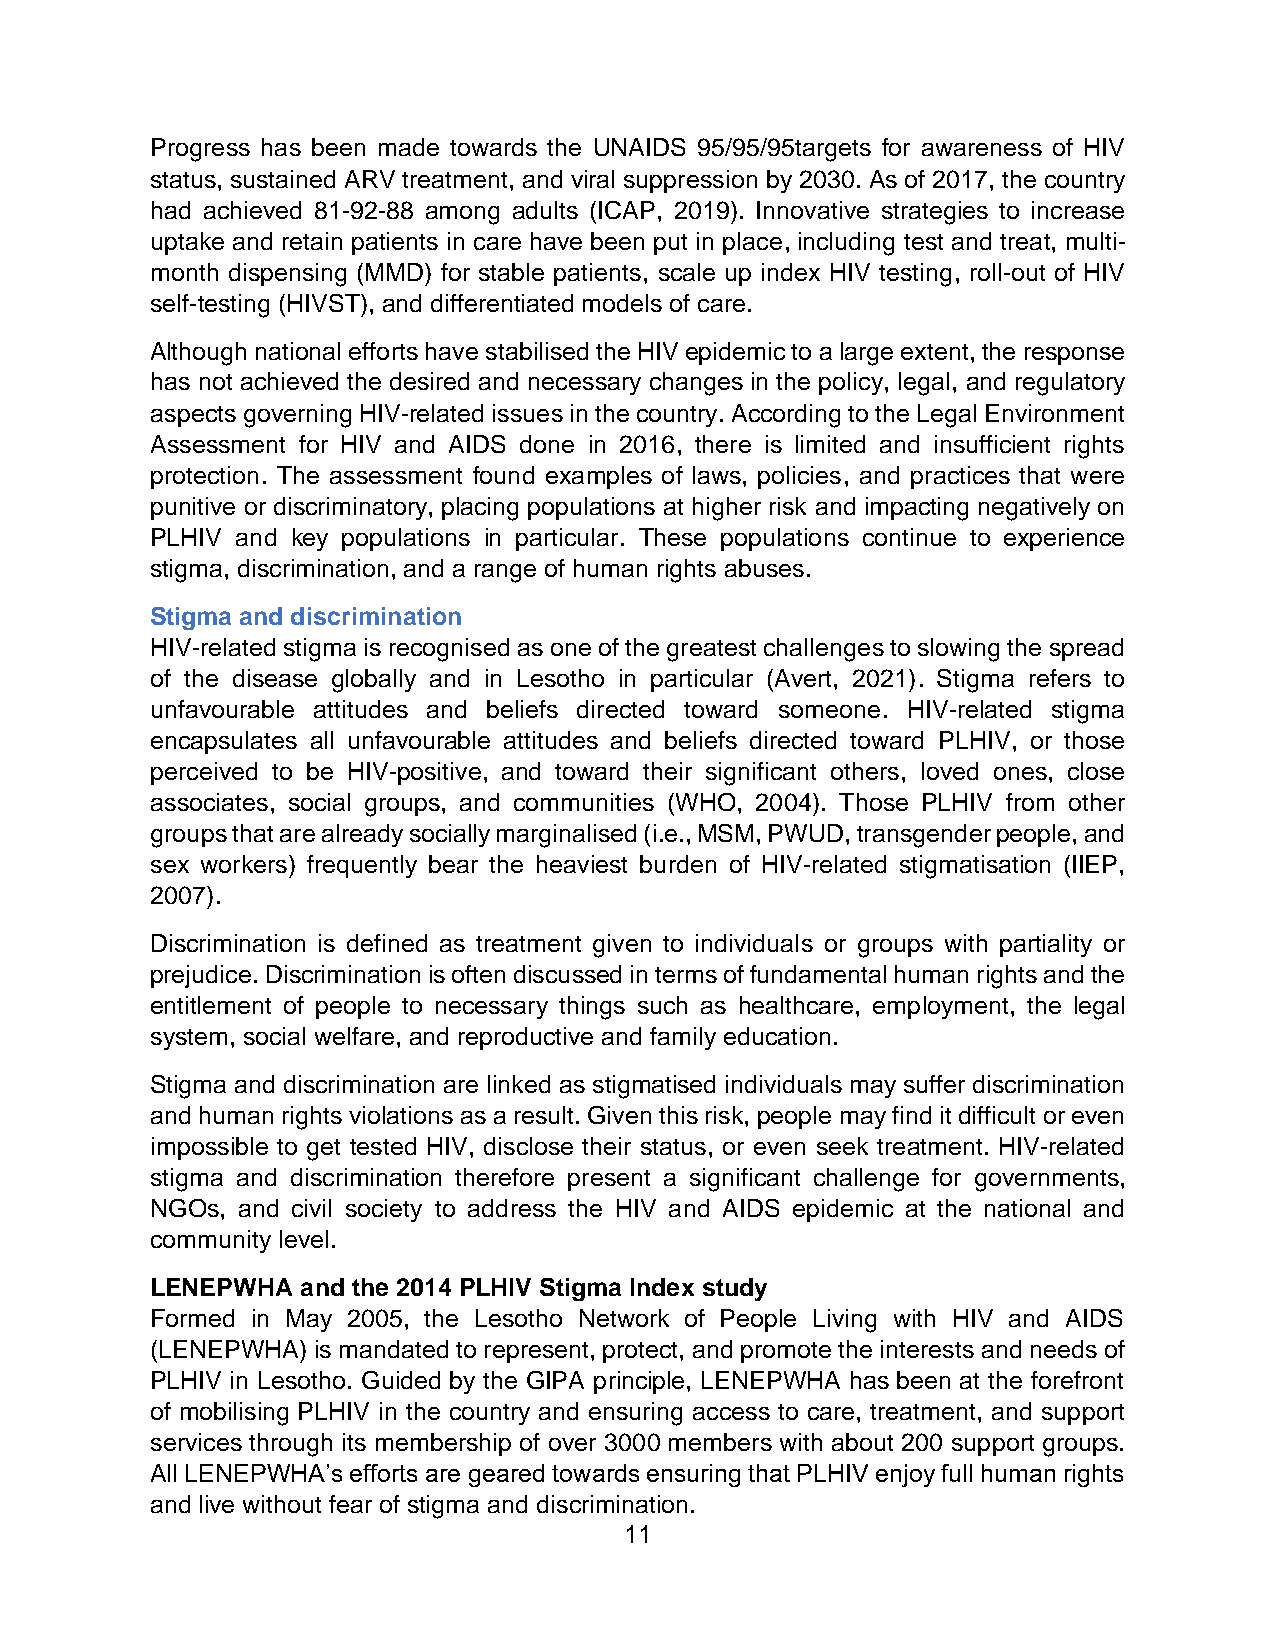
Progress has been made towards the UNAIDS 95/95/95targets for awareness of HIV
 status, sustained ARV treatment, and viral suppression by 2030. As of 2017, the country
 had achieved 81-92-88 among adults (ICAP, 2019). Innovative strategies to increase
 uptake and retain patients in care have been put in place, including test and treat, multi-
 month dispensing (MMD) for stable patients, scale up index HIV testing, roll-out of HIV
 self-testing (HIVST), and differentiated models of care.
 Although national efforts have stabilised the HIV epidemic to a large extent, the response
 has not achieved the desired and necessary changes in the policy, legal, and regulatory
 aspects governing HIV-related issues in the country. According to the Legal Environment
 Assessment for HIV and AIDS done in 2016, there is limited and insufficient rights
 protection. The assessment found examples of laws, policies, and practices that were
 punitive or discriminatory, placing populations at higher risk and impacting negatively on
 PLHIV and key populations in particular. These populations continue to experience
 stigma, discrimination, and a range of human rights abuses.
 Stigma and discrimination
 HIV-related stigma is recognised as one of the greatest challenges to slowing the spread
 of the disease globally and in Lesotho in particular (Avert, 2021). Stigma refers to
 unfavourable attitudes and beliefs directed toward someone. HIV-related stigma
 encapsulates all unfavourable attitudes and beliefs directed toward PLHIV, or those
 perceived to be HIV-positive, and toward their significant others, loved ones, close
 associates, social groups, and communities (WHO, 2004). Those PLHIV from other
 groups that are already socially marginalised (i.e., MSM, PWUD, transgender people, and
 sex workers) frequently bear the heaviest burden of HIV-related stigmatisation (IIEP,
 2007).
 Discrimination is defined as treatment given to individuals or groups with partiality or
 prejudice. Discrimination is often discussed in terms of fundamental human rights and the
 entitlement of people to necessary things such as healthcare, employment, the legal
 system, social welfare, and reproductive and family education.
 Stigma and discrimination are linked as stigmatised individuals may suffer discrimination
 and human rights violations as a result. Given this risk, people may find it difficult or even
 impossible to get tested HIV, disclose their status, or even seek treatment. HIV-related
 stigma and discrimination therefore present a significant challenge for governments,
 NGOs, and civil society to address the HIV and AIDS epidemic at the national and
 community level.
 LENEPWHA  and the 2014 PLHIV Stigma Index study
 Formed in May 2005, the Lesotho Network of People Living with HIV and AIDS
 (LENEPWHA) is mandated to represent, protect, and promote the interests and needs of
 PLHIV in Lesotho. Guided by the GIPA principle, LENEPWHA has been at the forefront
 of mobilising PLHIV in the country and ensuring access to care, treatment, and support
 services through its membership of over 3000 members with about 200 support groups.
 All LENEPWHA’s efforts are geared towards ensuring that PLHIV enjoy full human rights
 and live without fear of stigma and discrimination.
 11